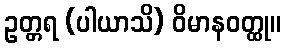
ဥတ္တရ (ပါယာသိ) ဝိမာနဝတ္ထု။